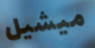
ميشيل